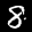
Label: 8